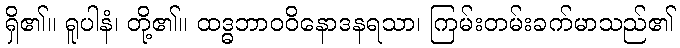
ရှိ၏။ ရူပါနံ၊ တို့၏။ ထဒ္ဓဘာဝဝိနောဒနရသာ၊ ကြမ်းတမ်းခက်မာသည်၏